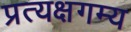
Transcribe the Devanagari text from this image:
प्रत्यक्षगम्य